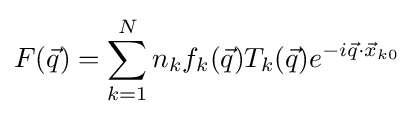
F({\vec {q}})=\sum _{k=1}^{N}n_{k}f_{k}({\vec {q}})T_{k}({\vec {q}})e^{-i{\vec {q}}\cdot {\vec {x}}_{k0}}